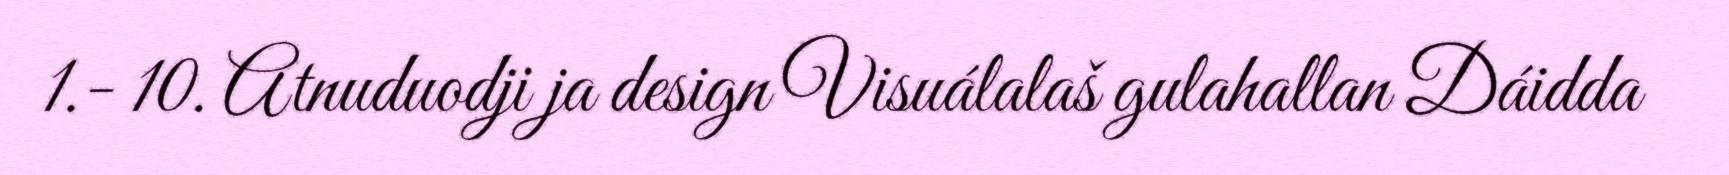
1.- 10. Atnuduodji ja design Visuálalaš gulahallan Dáidda